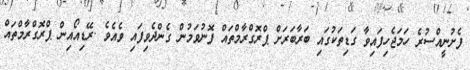
ފެށުނީއްސުރެ ހަމަޖެހިފައިވާ ގަޑިތަކުގައި ބަރާބަރަށް ޕްރޮގްރާމްތައް ފޮނުވަމުން ގެންދެވިފައި ވެއެވެ .ރޭޑިއޯއިން ޕްރޮގްރާމްތައް